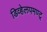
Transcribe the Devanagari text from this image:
डिव्हेलपमण्ट्